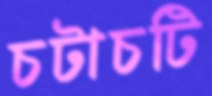
চটাচটি